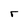
Character: r